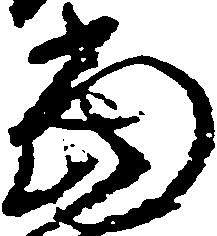
当